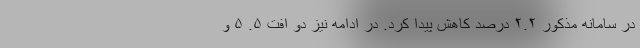
در سامانه مذکور ۲.۲ درصد کاهش پیدا کرد. در ادامه نیز دو افت ۵. ۵ و